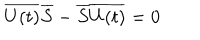
\overline { { { U ( t ) } } } \overline { { { S } } } - \overline { { { S } } } \overline { { { U ( t ) } } } = 0